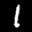
Label: 1